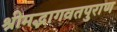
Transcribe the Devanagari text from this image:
श्रीमद्भागवतपुराण